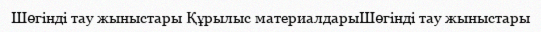
Шөгінді тау жыныстары Құрылыс материалдарыШөгінді тау жыныстары